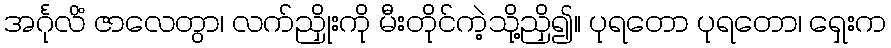
အင်္ဂုလိံ ဇာလေတွာ၊ လက်ညှိုးကို မီးတိုင်ကဲ့သို့ညှိ၍။ ပုရတော ပုရတော၊ ရှေးက